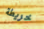
خريطة